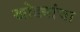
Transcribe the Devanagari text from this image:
खोड्यांचा